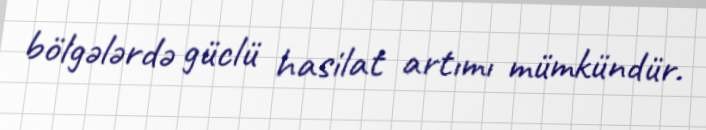
bölgələrdə güclü hasilat artımı mümkündür.